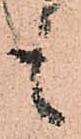
も